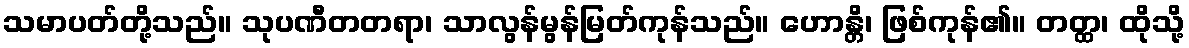
သမာပတ်တို့သည်။ သုပဏီတတရာ၊ သာလွန်မွန်မြတ်ကုန်သည်။ ဟောန္တိ၊ ဖြစ်ကုန်၏။ တတ္ထ၊ ထိုသို့